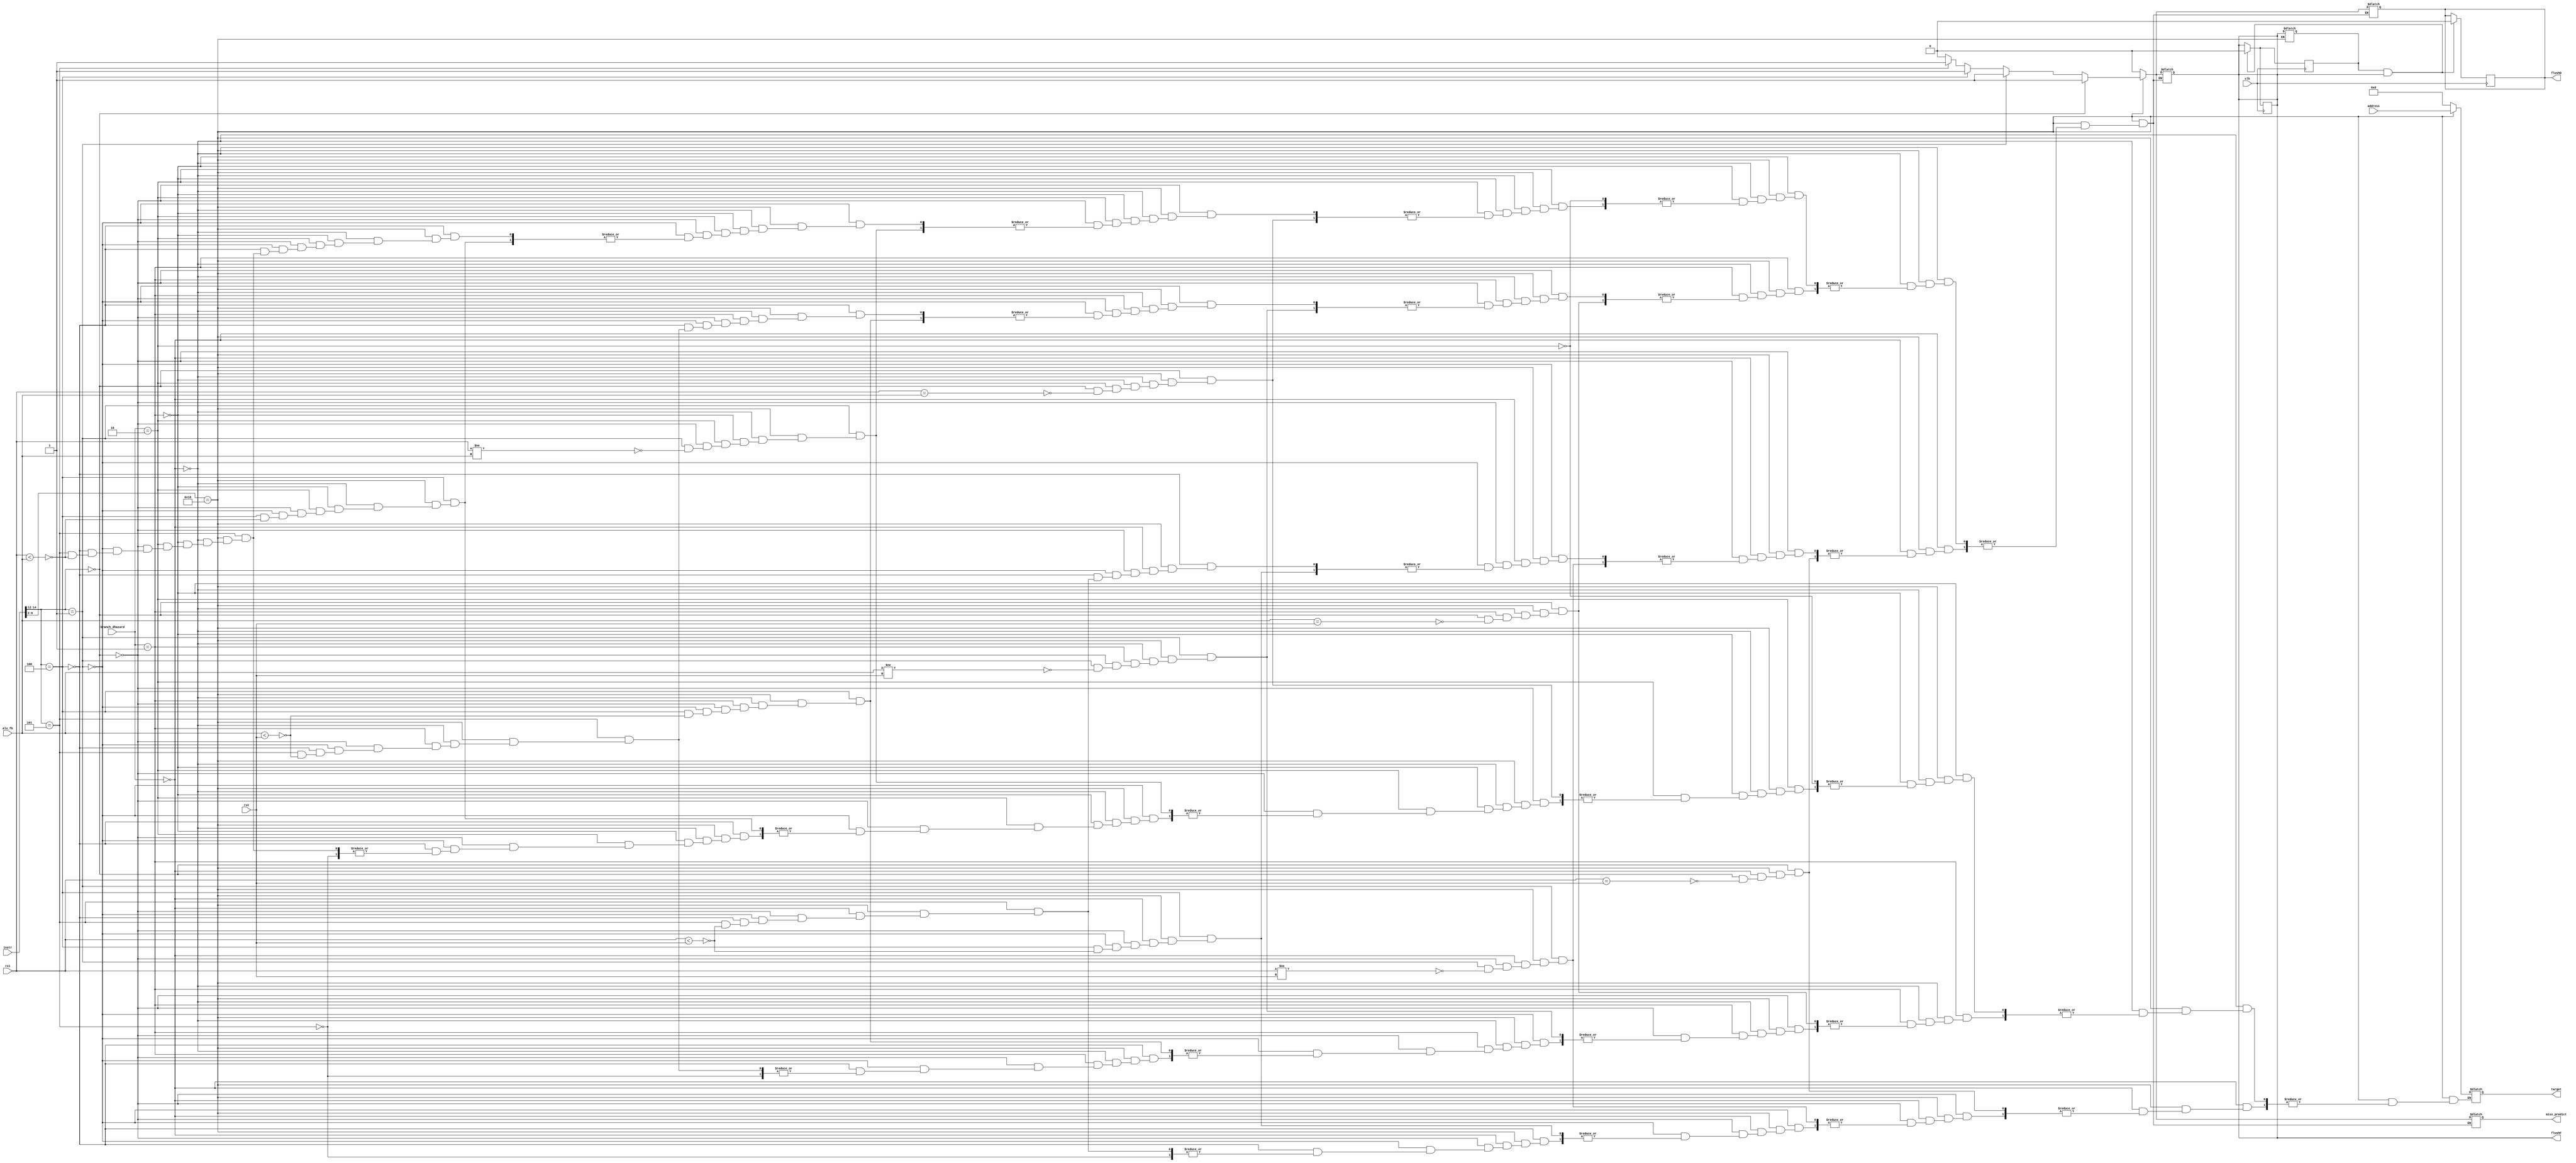
module branch_unit(
	input	[31:0] rs1,
	input	[31:0] rs2,
	input   [31:0] instr,
	input [31:0] address,
	input [31:0] alu_fb,
	input [1:0] branch_dhazard,
	input clk,
	output	reg flushF,
	output	reg flushD,
	output  reg miss_predict,
	output  reg [31:0] target);
	
	// Chu thich:
	// "flush" tich cuc muc CAO, noi voi Clear cua FLIPFLOP.
	// "mis_predict" tich cuc muc CAO, noi voi MUX truoc PC.

	// Mo ta hoat dong:
	// Luon KHONG NHAY. 
	// <=> Du doan DIEU KIEN NHAY la SAI.
	// De kiem tra dieu kien nhay thuc te, rs1 so sanh voi rs2 o stage EX.
	// => Neu thuc te dieu kien nhay DUNG.
	// => Doan sai.
	// => Neu thuc te dieu kien nhay SAI.
	// => Doan dung.

	// Neu "Doan sai", mis_predict tich cuc. FLUSH toan bo, nhay den PC moi.
	// Neu "Doan dung", PC = PC + 4, thuc hien tiep nhu binh thuong.
reg last_flush;
always @(*)
begin
if (instr[6:2] == 5'b11000)
begin
	if (branch_dhazard == 0) begin
		if (instr[14:12] == 3'b000) // Branch Equal
		begin
			if (rs1 == rs2)	
			begin
			target = address;
			miss_predict = 1;
			flushF = 1;
			flushD = 1;
			end
		end
			else if (instr[14:12] == 3'b001) // Branch Not Equal
		begin
			if (rs1 != rs2) 
			begin
			target = address;
			miss_predict = 1;
			flushF = 1;
			flushD = 1;
			end
		end
		else if (instr[14:12] == 3'b100) // Branch Less Than
		begin
			if (rs1 < rs2) 
			begin
			target = address;
			miss_predict = 1;
			flushF = 1;
			flushD = 1;
			end
		end
		else if (instr[14:12] == 3'b101) // Branch Less Than Unsigned
		begin
			if ($unsigned(rs1) < $unsigned(rs2))
			begin
			target = address;
			miss_predict = 1;
			flushF = 1;
			flushD = 1;
			end
		end
		else begin
			miss_predict = 0;
			flushF = 0;
			flushD = 0;
		end
		
	end	
	else if (branch_dhazard == 1) begin
		if (instr[14:12] == 3'b000) // Branch Equal
		begin
			if (alu_fb == rs2)	
			begin
			target = address;
			miss_predict = 1;
			flushF = 1;
			flushD = 1;
			end
		end
			else if (instr[14:12] == 3'b001) // Branch Not Equal
		begin
			if (alu_fb != rs2) 
			begin
			target = address;
			miss_predict = 1;
			flushF = 1;
			flushD = 1;
			end
		end
		else if (instr[14:12] == 3'b100) // Branch Less Than
		begin
			if (alu_fb < rs2) 
			begin
			target = address;
			miss_predict = 1;
			flushF = 1;
			flushD = 1;
			end
		end
		else if (instr[14:12] == 3'b101) // Branch Less Than Unsigned
		begin
			if ($unsigned(alu_fb) < $unsigned(rs2))
			begin
			target = address;
			miss_predict = 1;
			flushF = 1;
			flushD = 1;
			end
		end
		else begin
			miss_predict = 0;
			flushF = 0;
			flushD = 0;
		end
	end	
	else if (branch_dhazard == 2) begin
		if (instr[14:12] == 3'b000) // Branch Equal
		begin
			if (rs1 == alu_fb)	
			begin
			target = address;
			miss_predict = 1;
			flushF = 1;
			flushD = 1;
			end
		end
			else if (instr[14:12] == 3'b001) // Branch Not Equal
		begin
			if (rs1 != alu_fb) 
			begin
			target = address;
			miss_predict = 1;
			flushF = 1;
			flushD = 1;
			end
		end
		else if (instr[14:12] == 3'b100) // Branch Less Than
		begin
			if (rs1 < alu_fb) 
			begin
			target = address;
			miss_predict = 1;
			flushF = 1;
			flushD = 1;
			end
		end
		else if (instr[14:12] == 3'b101) // Branch Less Than Unsigned
		begin
			if ($unsigned(rs1) < $unsigned(alu_fb))
			begin
			target = address;
			miss_predict = 1;
			flushF = 1;
			flushD = 1;
			end
		end
		else begin
			miss_predict = 0;
			flushF = 0;
			flushD = 0;
		end
	end

end
else begin
	target = 0;
	miss_predict = 0;
	last_flush = flushF;
	flushF = 0;
	flushD = 0;
end 
end
always @(negedge clk) 
begin
	if (last_flush == 1 && flushF == 1) 
	begin
		flushF = 0; 
		flushD = 0;
	end 
	last_flush = flushF;
end
endmodule